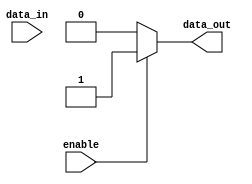
module push_pull_buffer (
    input wire enable,
    input wire data_in,
    output reg data_out
);

assign data_out = enable ? 1'b1 : 1'b0 ; // Setting output high or low based on enable signal

endmodule